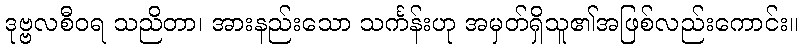
ဒုဗ္ဗလစီဝရ သညိတာ၊ အားနည်းသော သင်္ကန်းဟု အမှတ်ရှိသူ၏အဖြစ်လည်းကောင်း။